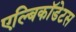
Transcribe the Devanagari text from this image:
एल्बिकॉडेटस